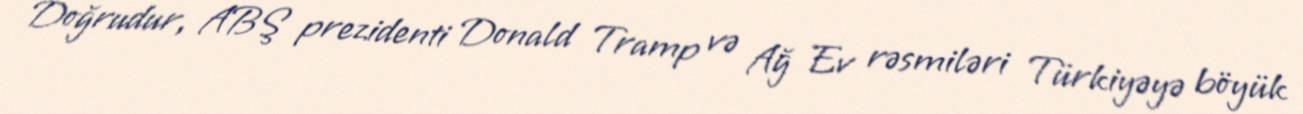
Doğrudur, ABŞ prezidenti Donald Tramp və Ağ Ev rəsmiləri Türkiyəyə böyük